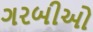
ગરબીઓ